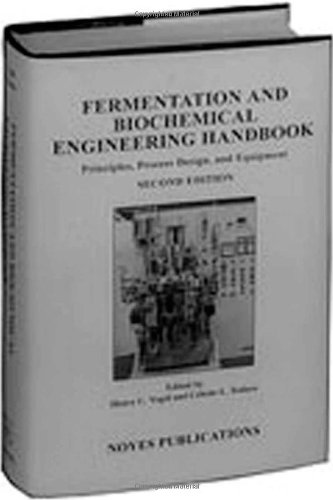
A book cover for Fermentation and Biochemical Engineering Handbook, 2nd Ed., Second Edition: Principles, Process Design and Equipment; Henry C. Vogel; Engineering & Transportation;